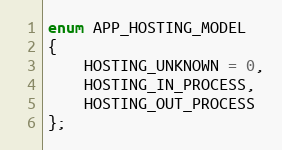
Language: C
enum APP_HOSTING_MODEL
{
    HOSTING_UNKNOWN = 0,
    HOSTING_IN_PROCESS,
    HOSTING_OUT_PROCESS
};